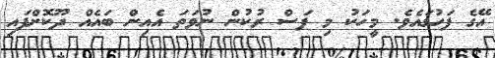
އޭގެ ފަހުގައެވެ. މީހަކު މި ފަސް ރުކުން ނުވަތަ އެއިން ބައެއް ދޫކޮށްފައި